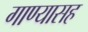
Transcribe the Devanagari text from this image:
गाण्यासह